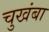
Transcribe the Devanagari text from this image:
चुखंबा